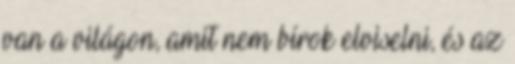
van a világon, amit nem bírok elviselni, és az